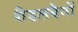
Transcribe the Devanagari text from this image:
शैडलबैगों